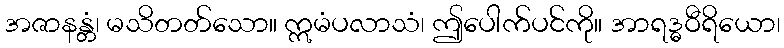
အဇာနန္တံ၊ မသိတတ်သော။ ဣမံပလာသံ၊ ဤပေါက်ပင်ကို။ အာရဒ္ဓဝီရိယော၊